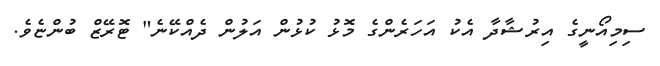
ސިމިއޯނީގެ އިރުޝާދާ އެކު އަހަރެންގެ މޮޅު ކުޅުން އަލުން ދެއްކޭނެ" ޓޮރޭޒް ބުންޏެވެ.